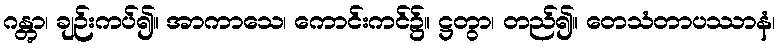
ဂန္တွာ၊ ချဉ်းကပ်၍။ အာကာသေ၊ ကောင်းကင်၌။ ဋ္ဌတွာ၊ တည်၍။ တေသံတာပဿာနံ၊